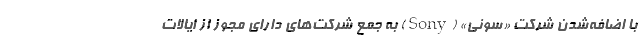
با اضافه‌شدن شرکت‌ «سونی» (Sony) به جمع شرکت‌های دارای مجوز از ایالات